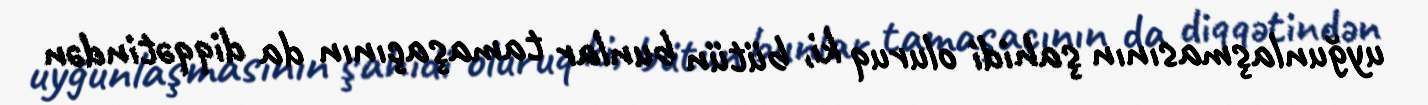
uyğunlaşmasının şahidi oluruq ki, bütün bunlar tamaşaçının da diqqətindən